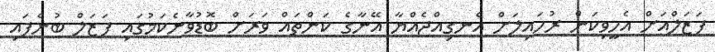
ފަޒަލްއަށް އެހީވިކަން ރުހައިލަށް އެނގިއްޖެއްޔާ އޭނާގެ ކަންތައް ވަރަށް ބޮޑުވާނެކަމުގައި ފަޒަލް ބުނެފައި